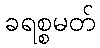
ခရစ္စမတ်